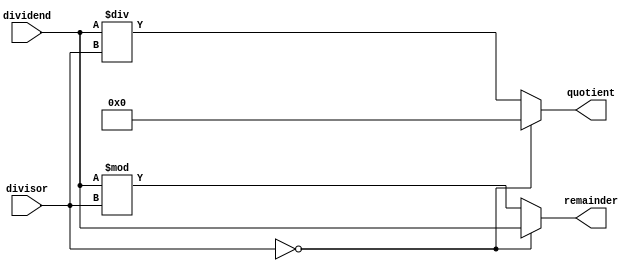
module AsynchronousDivider(
    input wire [31:0] dividend,
    input wire [31:0] divisor,
    output reg [31:0] quotient,
    output reg [31:0] remainder
);

always @(*) begin
    if (divisor == 0) begin
        quotient <= 32'h0;
        remainder <= dividend;
    end else begin
        quotient <= dividend / divisor;
        remainder <= dividend % divisor;
    end
end

endmodule